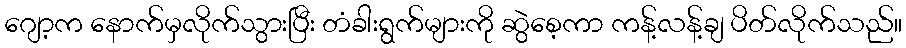
ဂျော့က နောက်မှလိုက်သွားပြီး တံခါးရွက်များကို ဆွဲစေ့ကာ ကန့်လန့်ချ ပိတ်လိုက်သည်။